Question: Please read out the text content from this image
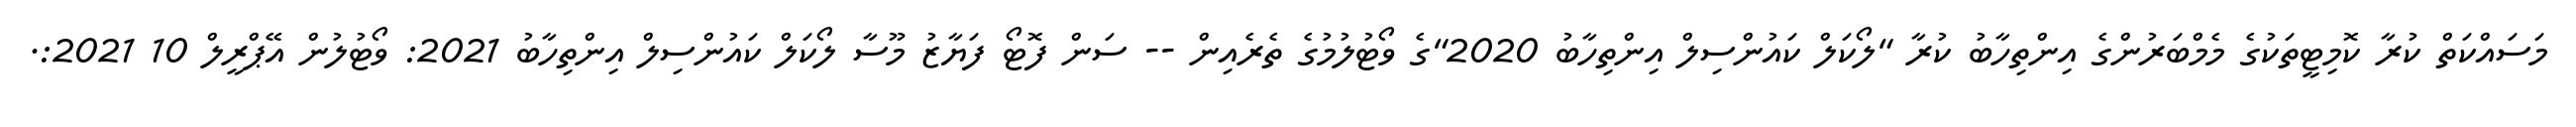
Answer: މަސައްކަތް ކުރާ ކޮމިޓީތަކުގެ މެމްބަރުންގެ އިންތިހާބު ކުރާ "ލޯކަލް ކައުންސިލް އިންތިހާބު 2020"ގެ ވޯޓުލުމުގެ ތެރެއިން -- ސަން ފޮޓޯ ފަޔާޒު މޫސާ ލޯކަލް ކައުންސިލް އިންތިހާބު 2021: ވޯޓުލުން އޭޕްރީލް 10 2021:.